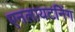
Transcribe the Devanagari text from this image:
एनलायटनिंग